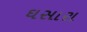
ઘસારા